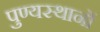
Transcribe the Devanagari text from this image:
पुण्यस्थानों